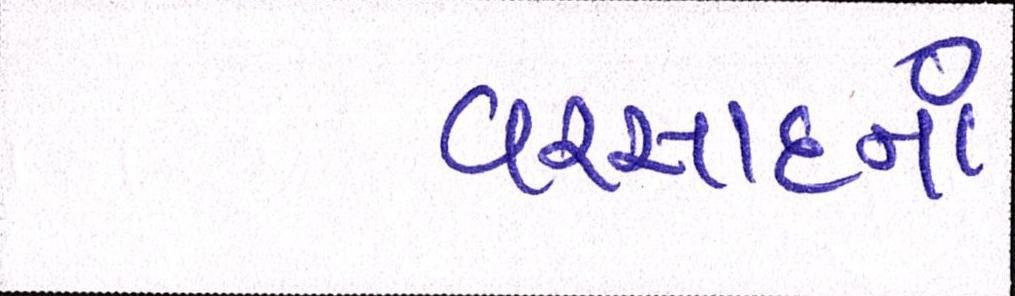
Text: વરસાદનાં